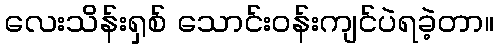
လေးသိန်းရှစ် သောင်းဝန်းကျင်ပဲရခဲ့တာ။